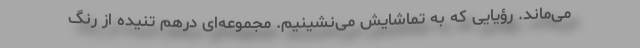
می‌ماند. رؤیایی که به تماشایش می‌نشینیم. مجموعه‌ای درهم تنیده از رنگ